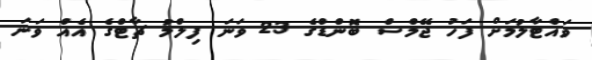
ވައްޓާލުމަށް ފަހު ޖޭމްސް ބޮންޑްގެ 23 ވަނަ ފިލްމު ޗާޓްގެ އެއް ވަނަ